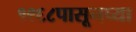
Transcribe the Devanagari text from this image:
१९६८पासूनच्या